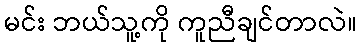
မင်း ဘယ်သူ့ကို ကူညီချင်တာလဲ။